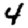
Digit: 4